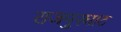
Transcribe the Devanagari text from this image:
राजपुरघाट